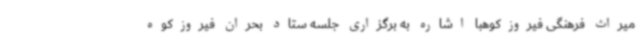
میراث فرهنگی فیروزکوهبا اشاره به برگزاری جلسه ستاد بحران فیروزکوه